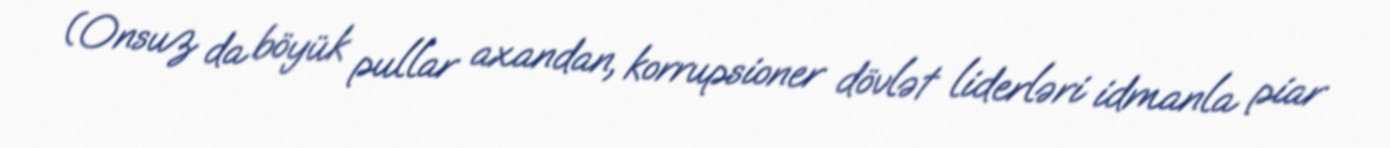
(Onsuz da böyük pullar axandan, korrupsioner dövlət liderləri idmanla piar